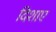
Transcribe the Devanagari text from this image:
दिशाए